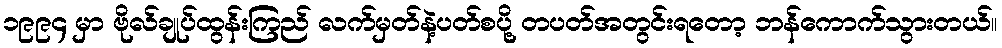
၁၉၉၄ မှာ ဗိုလ်ချုပ်ထွန်းကြည် လက်မှတ်နဲ့ပတ်စပို့ တပတ်အတွင်းရတော့ ဘန်ကောက်သွားတယ်။